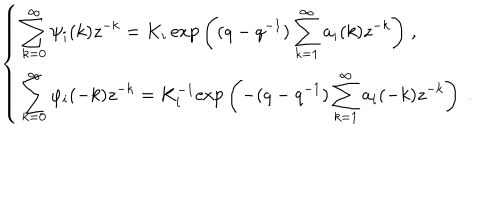
LaTeX: \hspace { . 5 i n } \left\{ \begin{array} { l } { { \displaystyle { \sum _ { k = 0 } ^ { \infty } \psi _ { i } ( k ) z ^ { - k } = K _ { i } \, \mathrm { e x p } \left( ( q - q ^ { - 1 } ) \sum _ { k = 1 } ^ { \infty } a _ { i } ( k ) z ^ { - k } \right) \; } , } } \\ { { \displaystyle { \sum _ { k = 0 } ^ { \infty } \varphi _ { i } ( - k ) z ^ { - k } = K _ { i } ^ { - 1 } \mathrm { e x p } \left( - ( q - q ^ { - 1 } ) \sum _ { k = 1 } ^ { \infty } a _ { i } ( - k ) z ^ { - k } \right) \; . } } } \\ \end{array} \right.